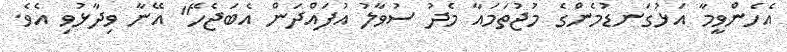
އެހެންވީމާ އަޅުގަނޑުމެންގެ މުޖުތަމައާ މެދު ސުވާލު އުފައްދަން އެބަޖެހޭ" އޭނާ ވިދާޅުވި އެވެ.